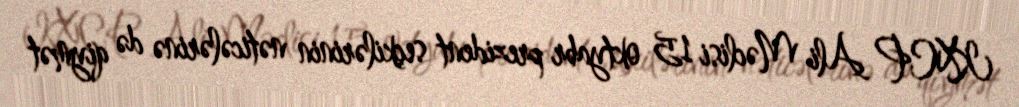
KXCP Ali Məclisi 15 oktyabr prezident seçkilərinin nəticələrinə də qiymət